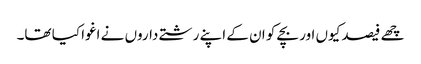
چھے فیصد کیوں اور بچے کو ان کے اپنے رشتے داروں نے اغوا کیا تھا۔